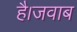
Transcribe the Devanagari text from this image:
है।जवाब